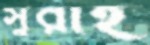
সুরাহ